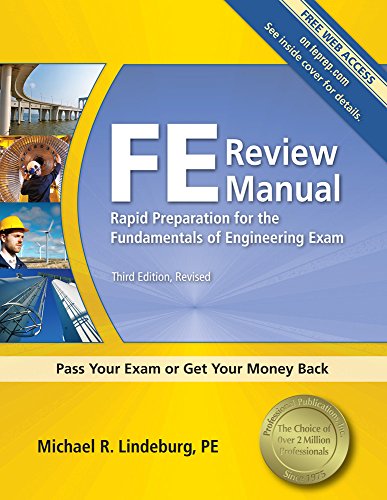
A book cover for FE Review Manual: Rapid Preparation for the Fundamentals of Engineering Exam; Michael  R. Lindeburg; Test Preparation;